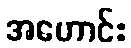
အဟောင်း